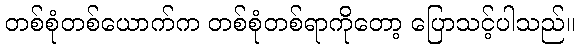
တစ်စုံတစ်ယောက်က တစ်စုံတစ်ရာကိုတော့ ပြောသင့်ပါသည်။